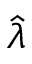
\hat { \lambda }